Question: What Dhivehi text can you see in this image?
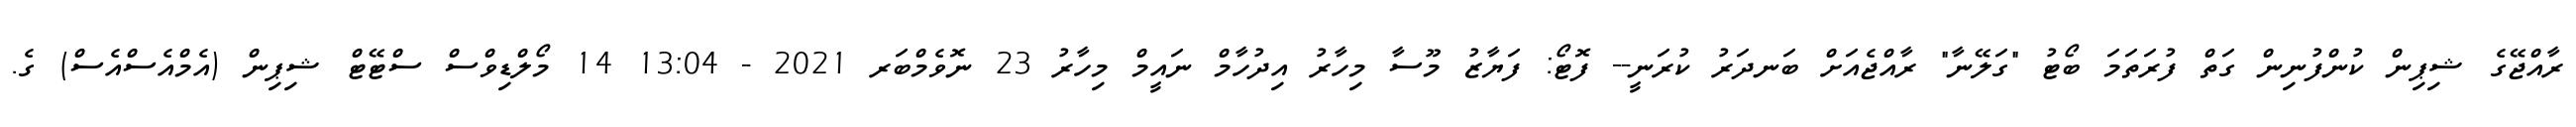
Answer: ރާއްޖޭގެ ޝިޕިން ކުންފުނިން ގަތް ފުރަތަމަ ބޯޓު "ގަލޭނާ" ރާއްޖެއަށް ބަނދަރު ކުރަނީ-- ފޮޓޯ: ފަޔާޒު މޫސާ މިހާރު އިދުހާމް ނައީމް މިހާރު 23 ނޮވެމްބަރ 2021 - 13:04 14 މޯލްޑިވްސް ސްޓޭޓް ޝިޕިން (އެމްއެސްއެސް) ގެ.